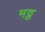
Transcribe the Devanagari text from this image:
मट्ठ